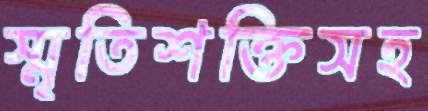
স্মৃতিশক্তিসহ